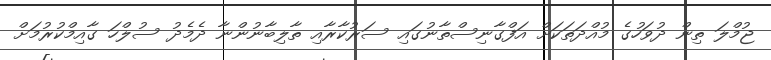
ޖުމްލަ ތިން ދުވަހުގެ މުއްދަތަކަށް އަފްގާނިސްތާނުގައި ސަރުކާރާއި ތާލިބާނުންނާ ދެމެދު ސުލްހަ ގާއިމްކުރުމަށް